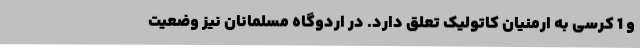
و 1 کرسی به ارمنیان کاتولیک تعلق دارد. در اردوگاه مسلمانان نیز وضعیت